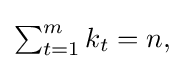
{\textstyle \sum _{t=1}^{m}k_{t}=n,}